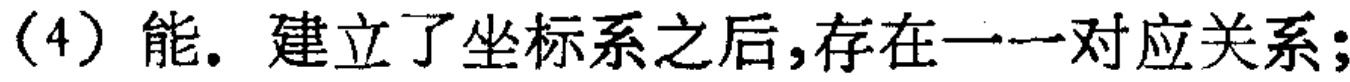
(4) 能. 建立了坐标系之后,存在一一对应关系;